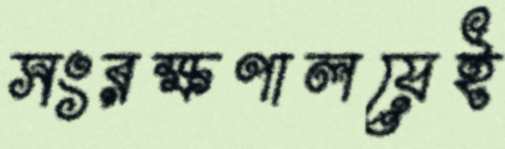
সংরক্ষণালয়েই